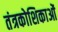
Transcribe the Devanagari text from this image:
तंत्रकोशिकाओं